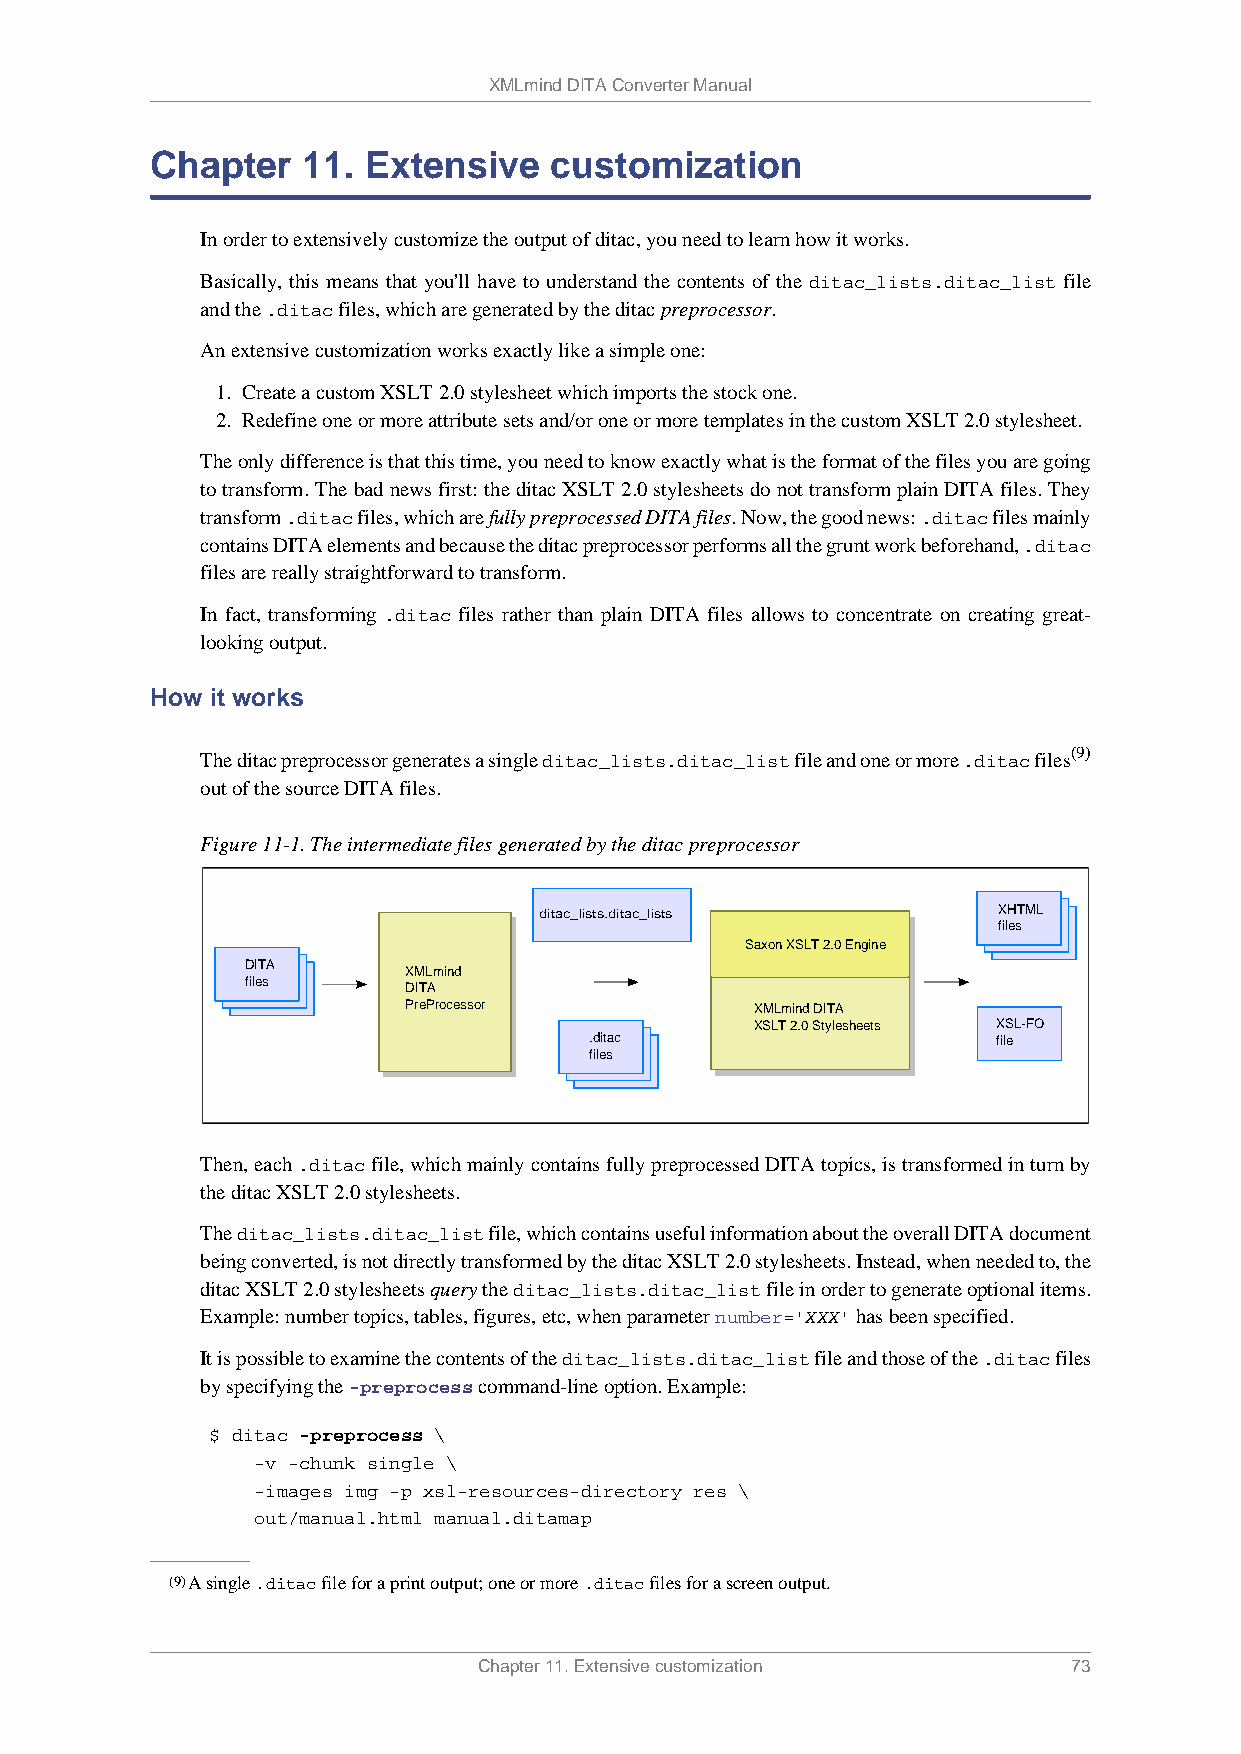
XMLmind DITA Converter Manual
 Chapter   11. Extensive   customization
 In order to extensively customize the output of ditac, you need to learn how it works.
 Basically, this means that you'll have to understand the contents of the ditac_lists.ditac_list file
 and the .ditac files, which are generated by the ditac preprocessor.
 An extensive customization works exactly like a simple one:
 1. Create a custom XSLT 2.0 stylesheet which imports the stock one.
 2. Redefine one or more attribute sets and/or one or more templates in the custom XSLT 2.0 stylesheet.
 The only difference is that this time, you need to know exactly what is the format of the files you are going
 to transform. The bad news first: the ditac XSLT 2.0 stylesheets do not transform plain DITA files. They
 transform .ditac files, which are fully preprocessed DITA files. Now, the good news: .ditac files mainly
 contains DITA elements and because the ditac preprocessor performs all the grunt work beforehand, .ditac
 files are really straightforward to transform.
 In fact, transforming .ditac files rather than plain DITA files allows to concentrate on creating great-
 looking output.
 How it works
 (9)
 The ditac preprocessor generates a single ditac_lists.ditac_list file and one or more .ditac files
 out of the source DITA files.
 Figure 11-1. The intermediate files generated by the ditac preprocessor
 ditac_lists.ditac_lists       XHTML
 files
 Saxon XSLT 2.0 Engine
 DITA
 XMLmind
 files
 DITA
 PreProcessor           XMLmind DITA
 XSLT 2.0 Stylesheets XSL-FO
 .ditac                     file
 files
 Then, each .ditac file, which mainly contains fully preprocessed DITA topics, is transformed in turn by
 the ditac XSLT 2.0 stylesheets.
 The ditac_lists.ditac_list file, which contains useful information about the overall DITA document
 being converted, is not directly transformed by the ditac XSLT 2.0 stylesheets. Instead, when needed to, the
 ditac XSLT 2.0 stylesheets query the ditac_lists.ditac_list file in order to generate optional items.
 Example: number topics, tables, figures, etc, when parameter number='XXX' has been specified.
 It is possible to examine the contents of the ditac_lists.ditac_list file and those of the .ditac files
 by specifying the -preprocess command-line option. Example:
 $ ditac -preprocess \
 -v -chunk single \
 -images img -p xsl-resources-directory res \
 out/manual.html manual.ditamap
 (9)A single .ditac file for a print output; one or more .ditac files for a screen output.
 Chapter 11. Extensive customization    73